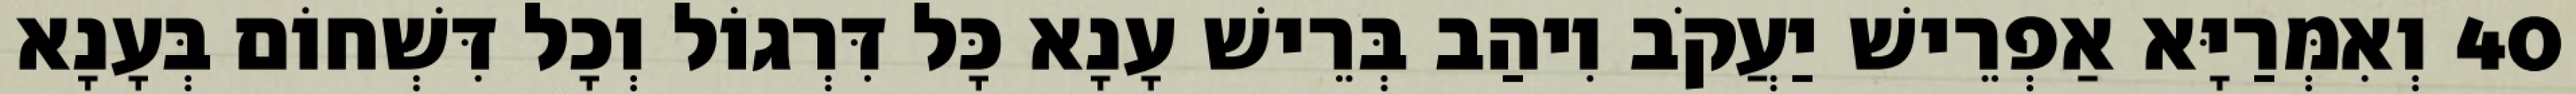
40 וְאִמְּרַיָּא אַפְרֵישׁ יַעֲקֹב וִיהַב בְּרֵישׁ עָנָא כָּל דִּרְגוֹל וְכָל דִּשְׁחוֹם בְּעָנָא